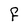
Character: F